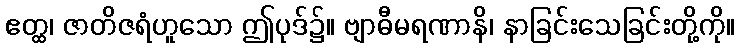
ဧတ္ထ၊ ဇာတိဇရံဟူသော ဤပုဒ်၌။ ဗျာဓီမရဏာနိ၊ နာခြင်းသေခြင်းတို့ကို။